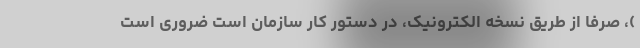
)، صرفاً از طریق نسخه الکترونیک، در دستور کار سازمان است ضروری است